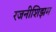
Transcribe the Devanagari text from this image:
रजनीशिझम